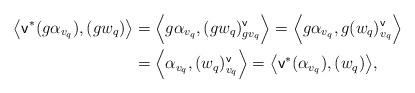
LaTeX: \begin{align*}\big{\langle}\mathsf{v}^* (g\alpha_{v_q}), (gw_q) \big{\rangle} &= \Big{\langle} g\alpha_{v_q} , (gw_q)^\mathsf{v}_{gv_q}\Big{\rangle} =\Big{\langle} g\alpha_{v_q} , g(w_q)^\mathsf{v}_{v_q}\Big{\rangle} \\ &= \Big{\langle} \alpha_{v_q} , (w_q)^\mathsf{v}_{v_q}\Big{\rangle} = \big{\langle}\mathsf{v}^* (\alpha_{v_q}), (w_q) \big{\rangle},\end{align*}